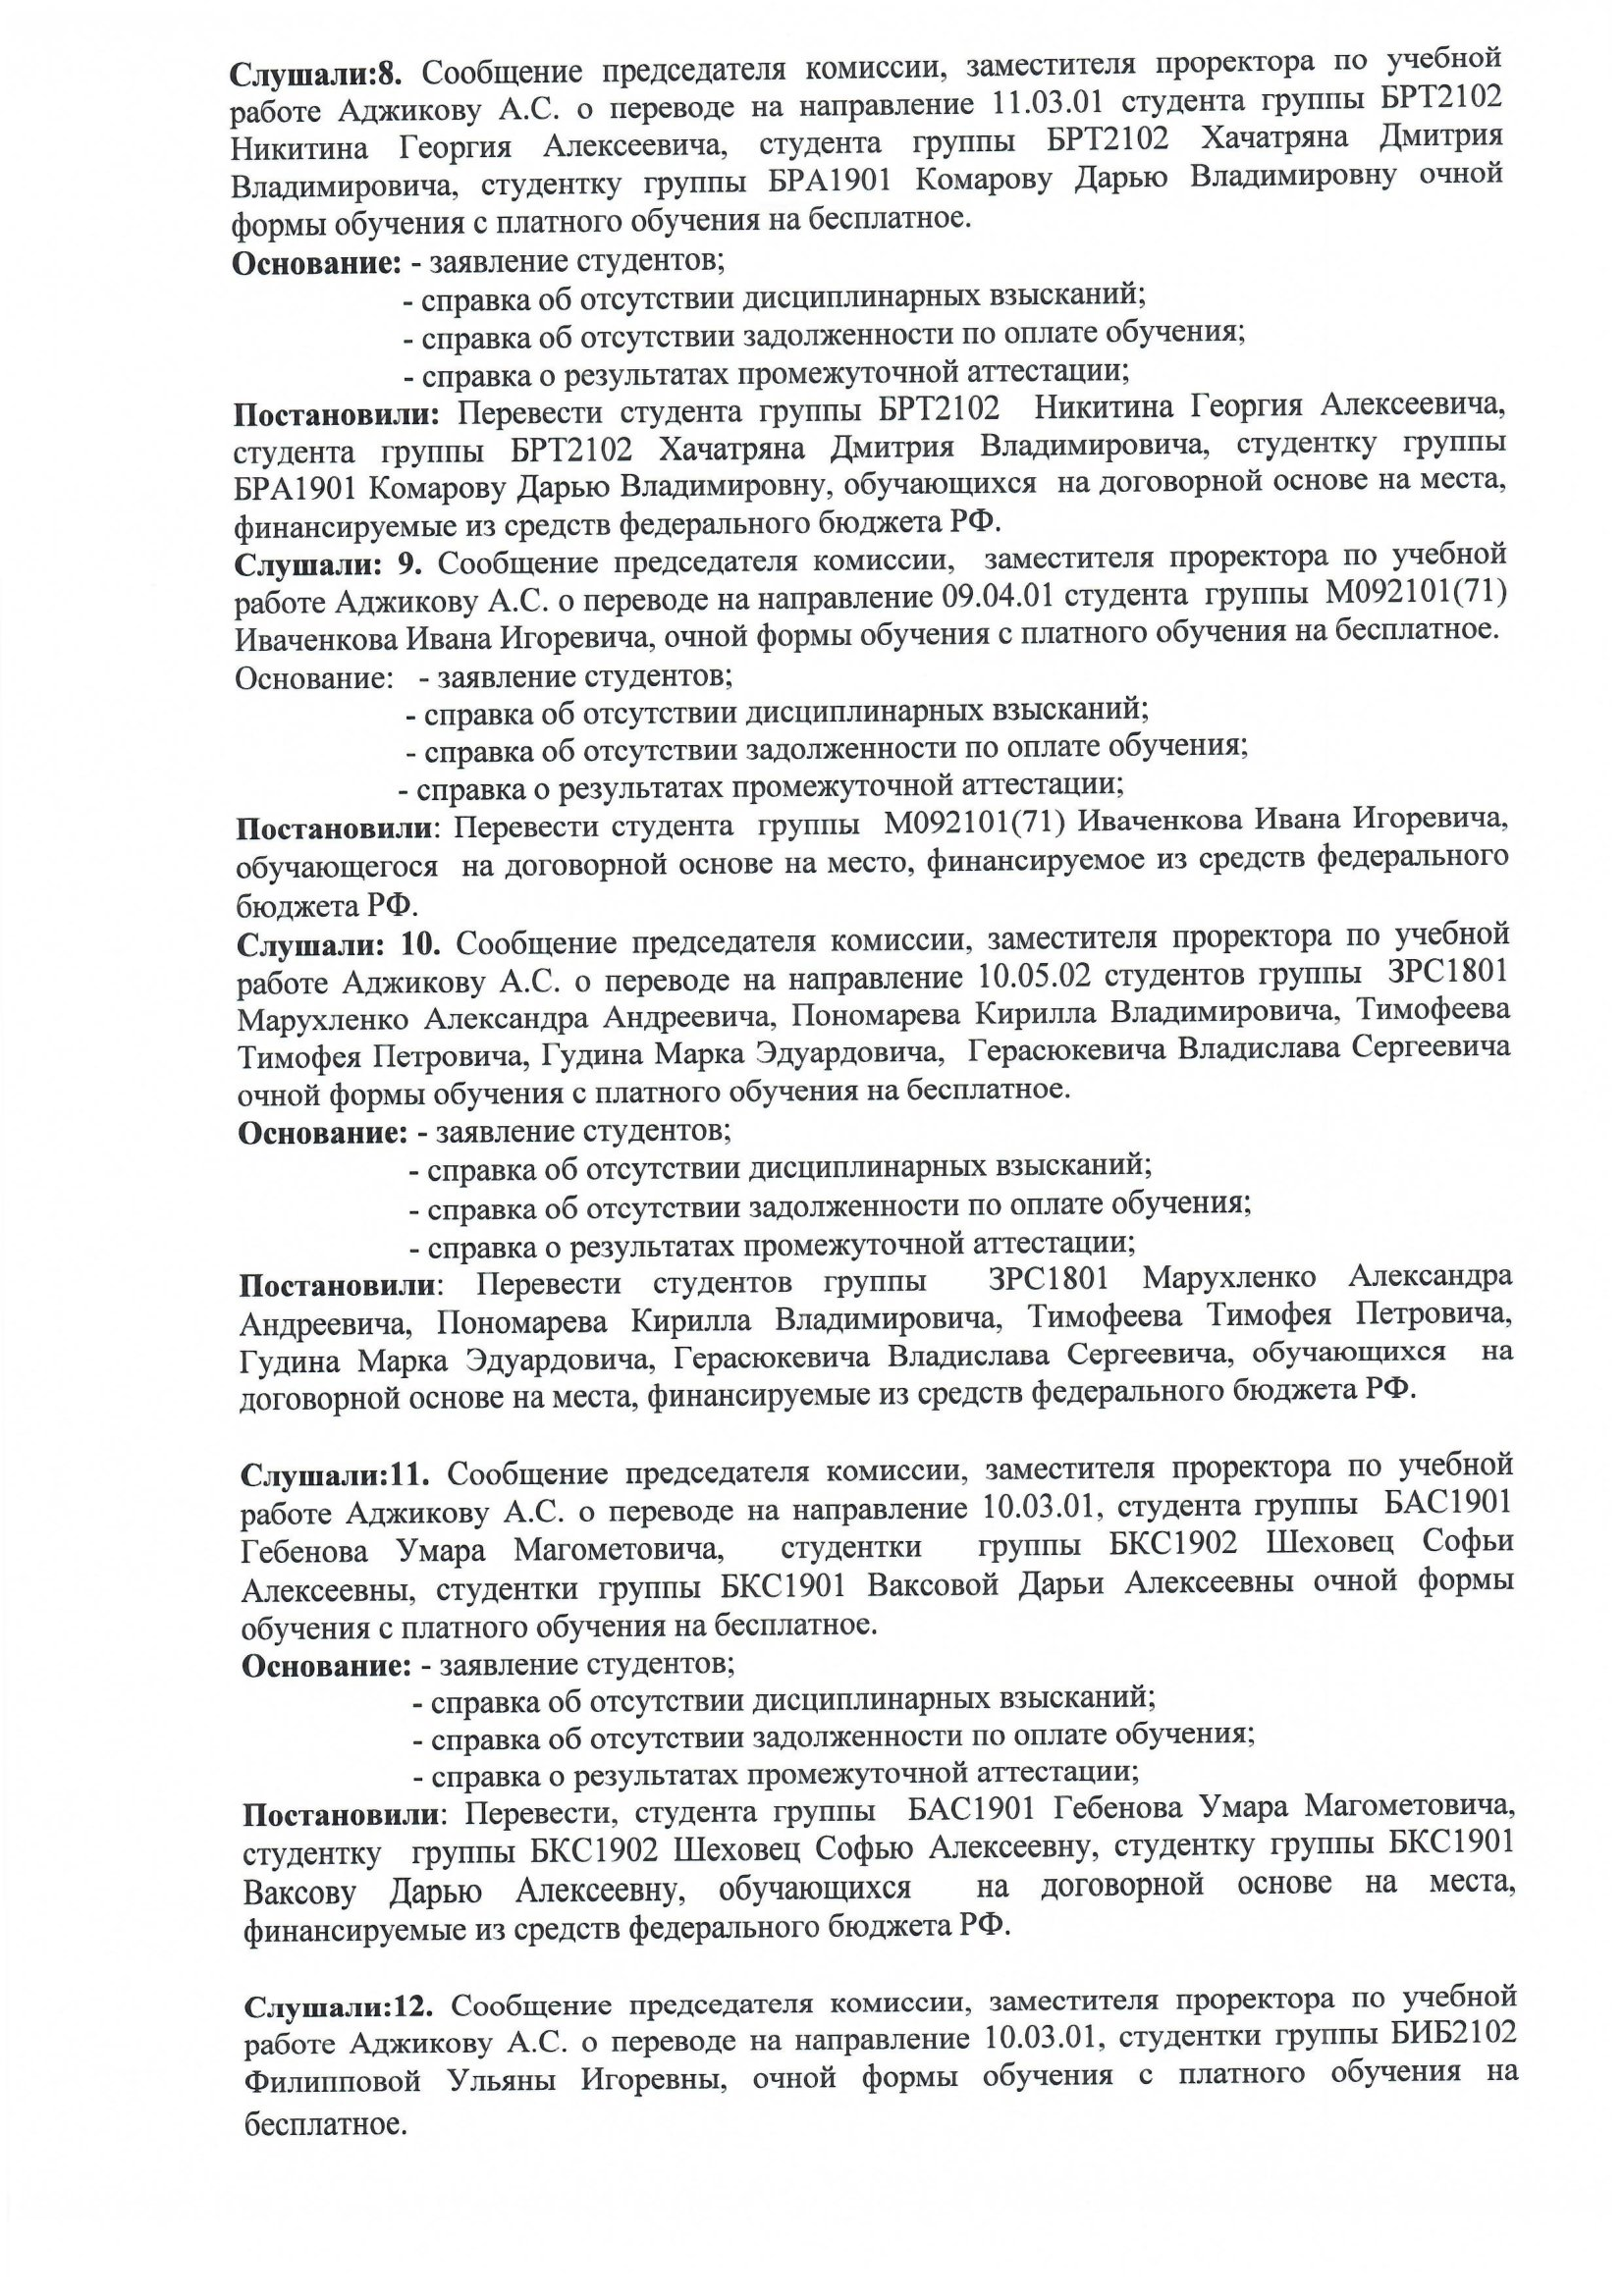
Language: ru